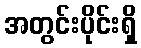
အတွင်းပိုင်းရှိ